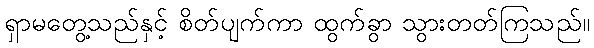
ရှာမတွေ့သည်နှင့် စိတ်ပျက်ကာ ထွက်ခွာ သွားတတ်ကြသည်။